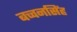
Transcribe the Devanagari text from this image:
बच्चनसिंह